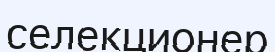
селекционер